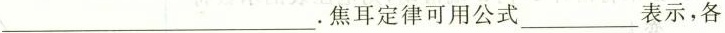
___.焦耳定律可用公式___表示，各